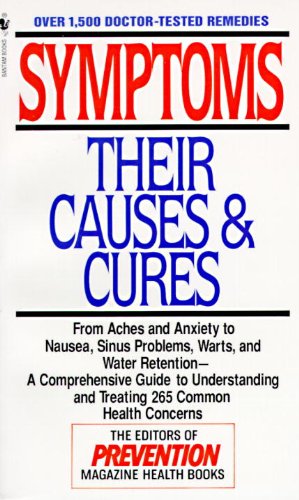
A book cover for Symptoms: Their Causes & Cures : How to Understand and Treat 265 Health Concerns; Prevention Magazine Editors; Health, Fitness & Dieting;